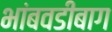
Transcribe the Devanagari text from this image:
भांबवडीबाग